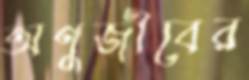
অণুজীবের